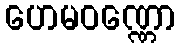
ဟေမဝဏ္ဏော